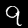
Digit: 9